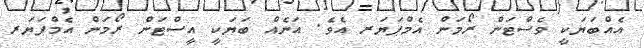
އެއްބަޔަކީ ވެސްޓަން ރޯމަން އެމްޕަޔަރ އެވެ. އަނެއް ބަޔަކީ އީސްޓަން ރޯމަން އެމްޕަޔަރ